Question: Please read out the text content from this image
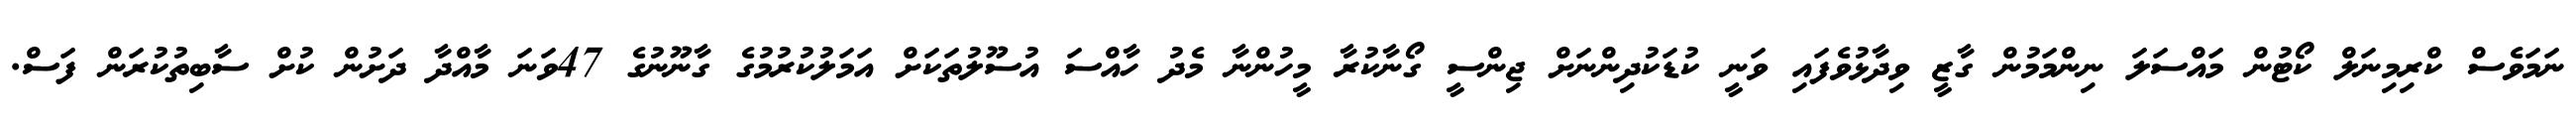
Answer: ނަމަވެސް ކްރިމިނަލް ކޯޓުން މައްސަލަ ނިންމަމުން ގާޒީ ވިދާޅުވެފައި ވަނީ ކުޑަކުދިންނަށް ޖިންސީ ގޯނާކުރާ މީހުންނާ މެދު ހާއްސަ އުސޫލުތަކަށް އަމަލުކުރުމުގެ ގާނޫނުގެ 47ވަނަ މާއްދާ ދަށުން ކުށް ސާބިތުކުރަން ފަސް.